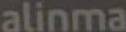
alinma